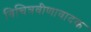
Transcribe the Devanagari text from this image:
विचित्रवीणावादक